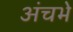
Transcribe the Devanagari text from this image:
अंचभे